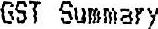
GST SUMMARY